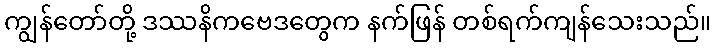
ကျွန်တော်တို့ ဒဿနိကဗေဒတွေက နက်ဖြန် တစ်ရက်ကျန်သေးသည်။